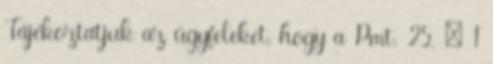
Tájékoztatjuk az ügyfeleket, hogy a Pmt. 25. § 1